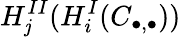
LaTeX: H_{\mathit{j}}^{II}(H_{i}^{I}(C_{\bullet,\bullet}))